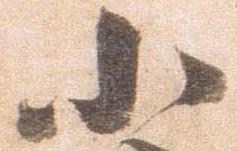
小